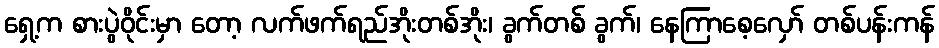
ရှေ့က စားပွဲဝိုင်းမှာ တော့ လက်ဖက်ရည်အိုးတစ်အိုး၊ ခွက်တစ် ခွက်၊ နေကြာစေ့လှော် တစ်ပန်းကန်